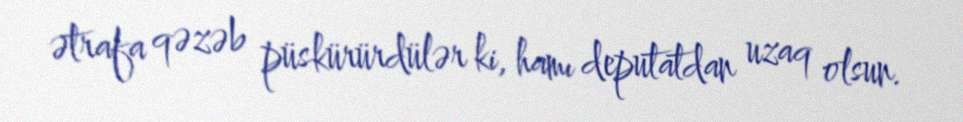
ətrafa qəzəb püskürürdülər ki, hamı deputatdan uzaq olsun.